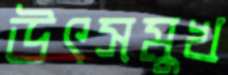
উৎসমুখ